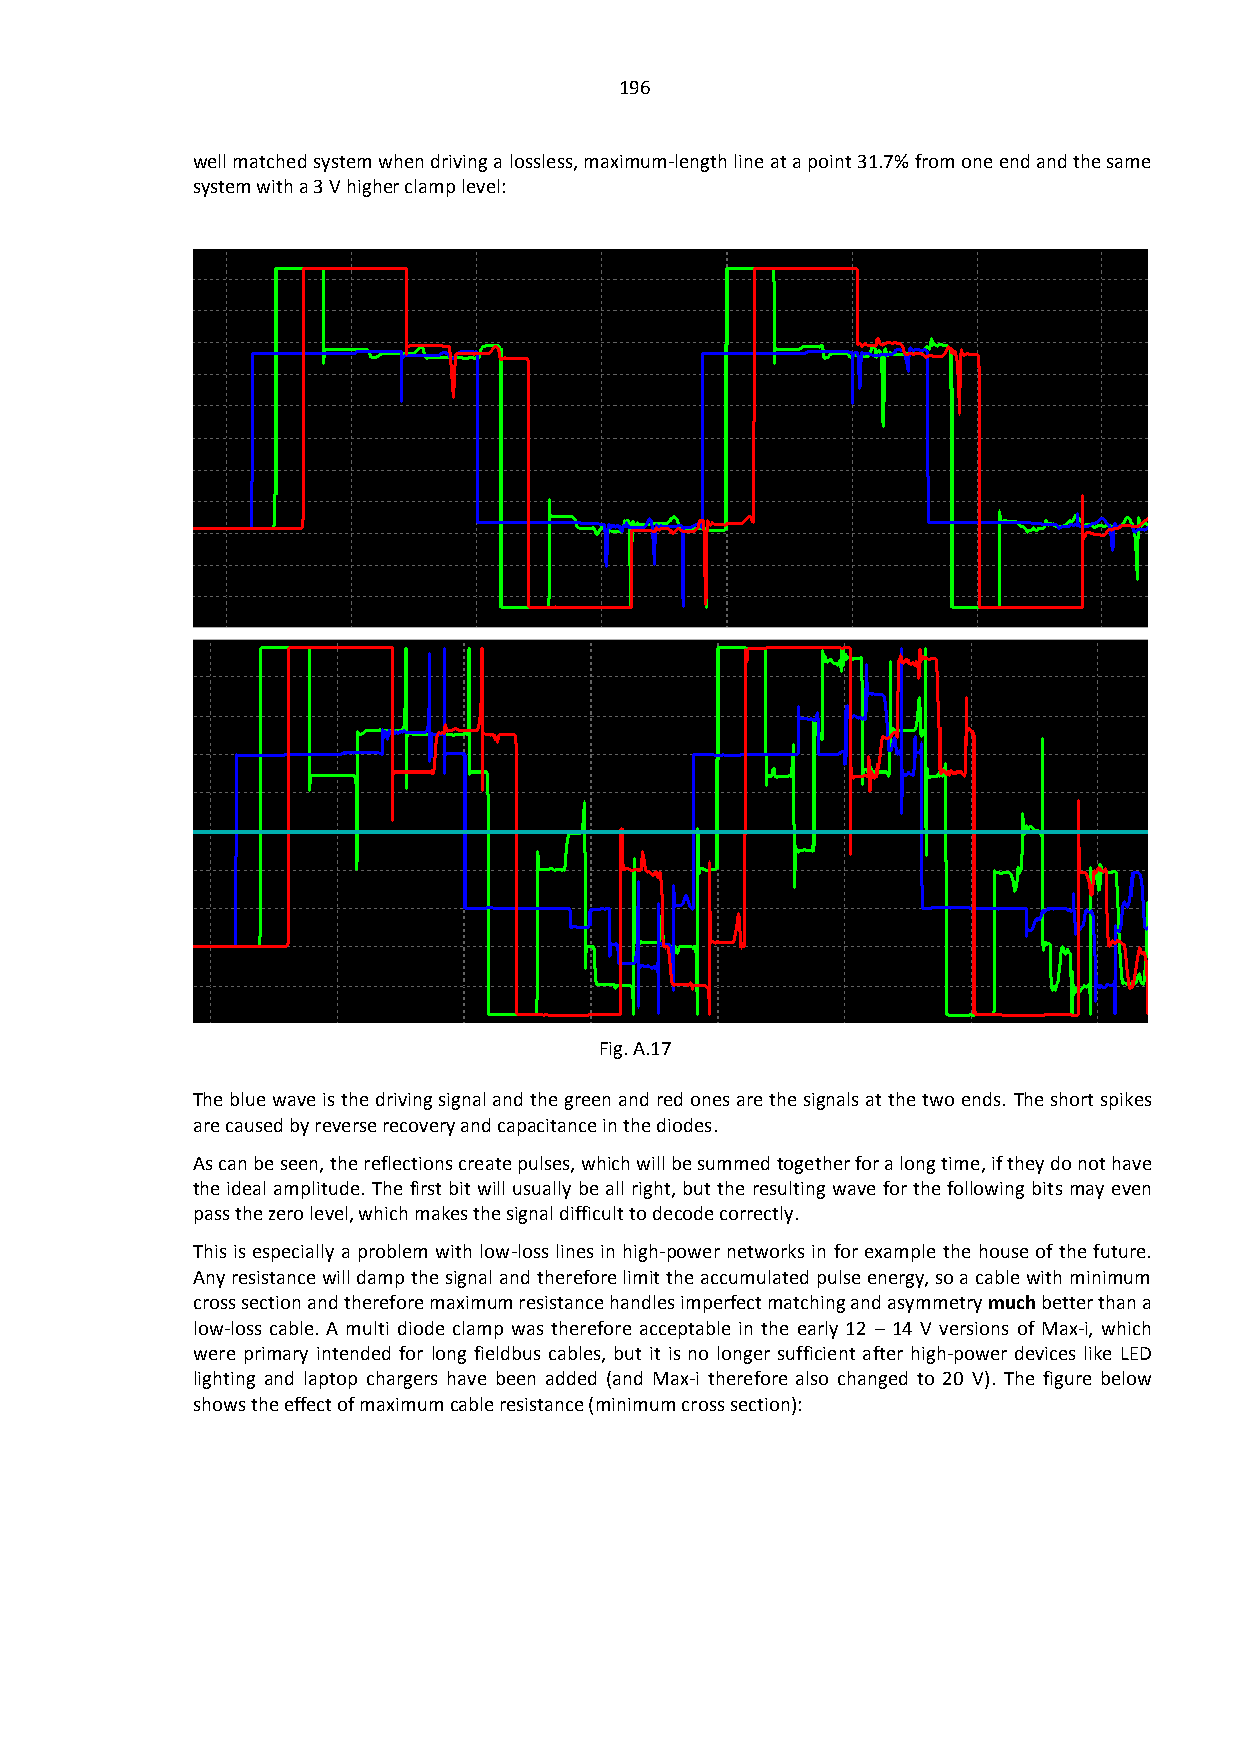
196
 well matched system when driving a lossless, maximum-length line at a point 31.7% from one end and the same
 system with a 3 V higher clamp level:
 Fig. A.17
 The blue wave is the driving signal and the green and red ones are the signals at the two ends. The short spikes
 are caused by reverse recovery and capacitance in the diodes.
 As can be seen, the reflections create pulses, which will be summed together for a long time, if they do not have
 the ideal amplitude. The first bit will usually be all right, but the resulting wave for the following bits may even
 pass the zero level, which makes the signal difficult to decode correctly.
 This is especially a problem with low-loss lines in high-power networks in for example the house of the future.
 Any resistance will damp the signal and therefore limit the accumulated pulse energy, so a cable with minimum
 cross section and therefore maximum resistance handles imperfect matching and asymmetry much better than a
 low-loss cable. A multi diode clamp was therefore acceptable in the early 12 – 14 V versions of Max-i, which
 were primary intended for long fieldbus cables, but it is no longer sufficient after high-power devices like LED
 lighting and laptop chargers have been added (and Max-i therefore also changed to 20 V). The figure below
 shows the effect of maximum cable resistance (minimum cross section):